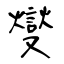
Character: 燮